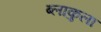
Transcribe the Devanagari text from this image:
ब्लाकुला